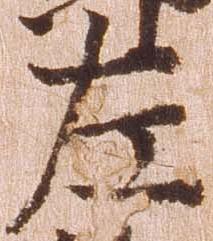
左